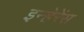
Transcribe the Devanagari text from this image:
इन्हेरेंस